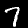
Label: 7